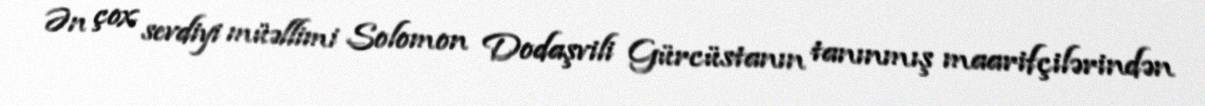
Ən çox sevdiyi müəllimi Solomon Dodaşvili Gürcüstanın tanınmış maarifçilərindən